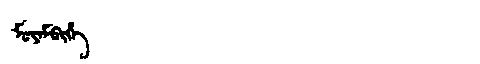
Manchu: ᠮᡠᠶᠠᠮᠪᡳᡥᡝ
Romanization: MUYAMBIHE